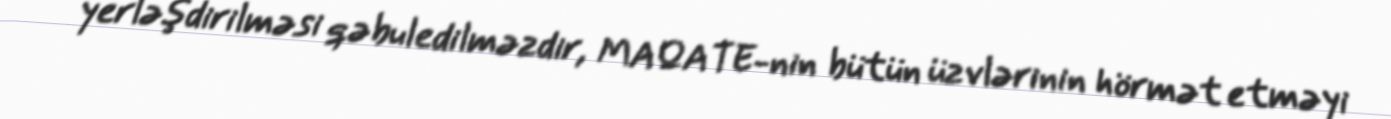
yerləşdirilməsi qəbuledilməzdir, MAQATE-nin bütün üzvlərinin hörmət etməyi